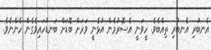
އެނބުރި އެނބުރި ތިއްބެވެ. ހީވަނީ އެސޮރުމެން އުޅެނީ ވަރަށް ބޮޑަށް ބަނޑުހައިވެގެން ހެންނެވެ.